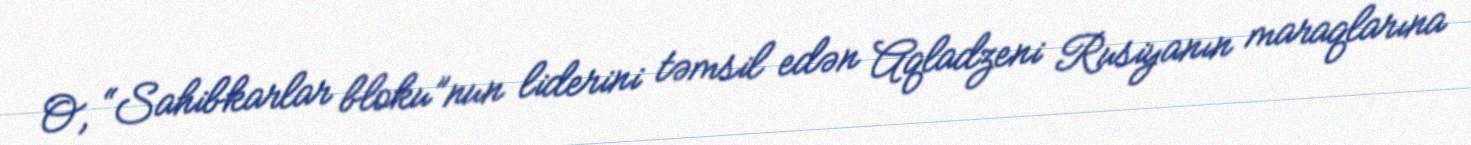
O, “Sahibkarlar bloku”nun liderini təmsil edən Aqladzeni Rusiyanın maraqlarına